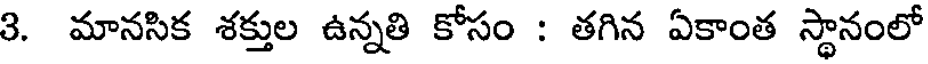
3. మానసిక శక్తుల ఉన్నతి కోసం : తగిన ఏకాంత స్థానంలో